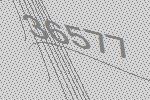
36577